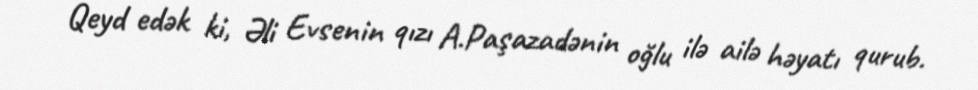
Qeyd edək ki, Əli Evsenin qızı A.Paşazadənin oğlu ilə ailə həyatı qurub.